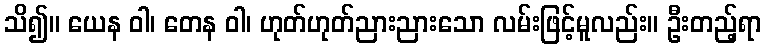
သိ၍။ ယေန ဝါ၊ တေန ဝါ၊ ဟုတ်ဟုတ်ညားညားသော လမ်းဖြင့်မူလည်း။ ဦးတည့်ရာ